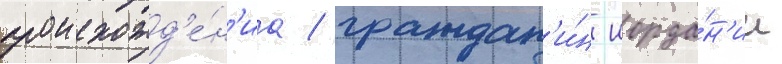
происхожд'е́н'иа / граждан'и́н иорда́н'ии